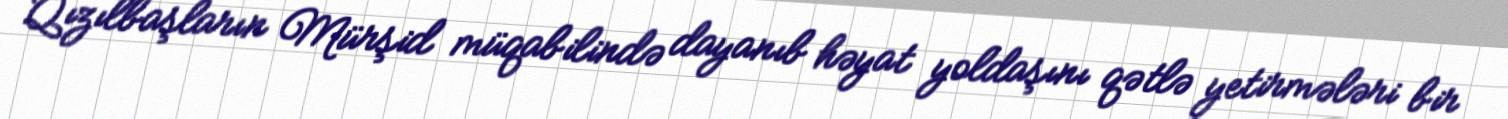
Qızılbaşların Mürşid müqabilində dayanıb həyat yoldaşını qətlə yetirmələri bir